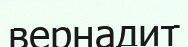
вернадит